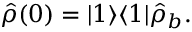
\hat { \rho } ( 0 ) = | 1 \rangle \langle 1 | \hat { \rho } _ { b } .